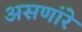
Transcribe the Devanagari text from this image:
असणांरे